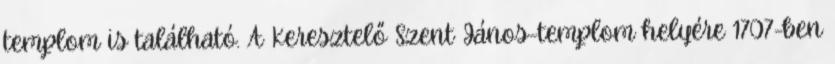
templom is található. A Keresztelő Szent János-templom helyére 1707-ben